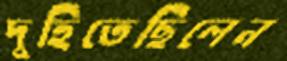
দুহিতেছিলেন